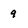
Character: 9